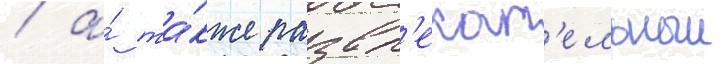
/ а́ та́кже развл'екат'ельныи